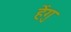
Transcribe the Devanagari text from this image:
हेंगु